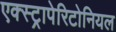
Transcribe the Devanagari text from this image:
एक्स्ट्रापेरिटोनियल